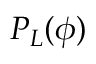
P _ { L } ( \phi )